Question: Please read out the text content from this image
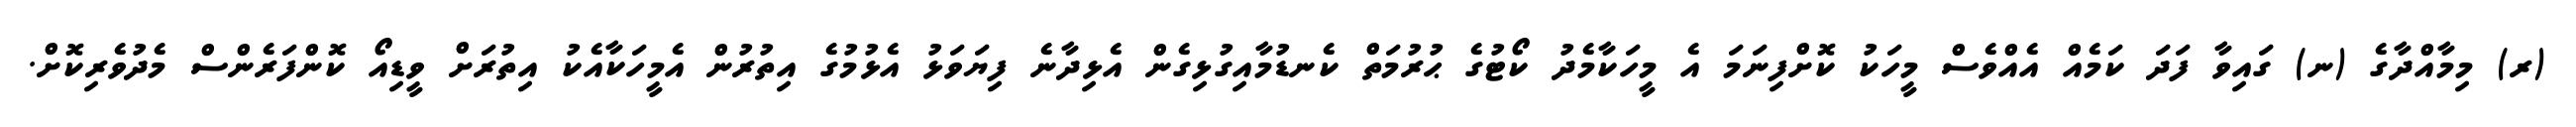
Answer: (ރ) މިމާއްދާގެ (ނ) ގައިވާ ފަދަ ކަމެއް އެއްވެސް މީހަކު ކޮށްފިނަމަ އެ މީހަކާމެދު ކޯޓުގެ ޙުރުމަތް ކެނޑުމާއިގުޅިގެން އެޅިދާނެ ފިޔަވަޅު އެޅުމުގެ އިތުރުން އެމީހަކާއެކު އިތުރަށް ވީޑިއޯ ކޮންފަރެންސް މެދުވެރިކޮށް.